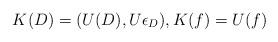
LaTeX: \begin{align*} K(D)=(U(D), U\epsilon_D), K(f)=U(f)\end{align*}